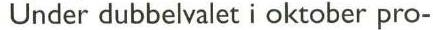
Under dubbelvalet i oktober pro-